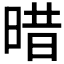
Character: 𣈏